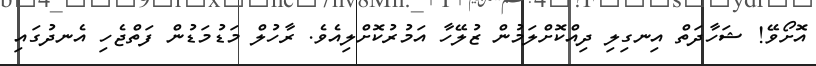
އޮށޯވޭ! ޝަހާދަތް އިނގިލި ދިއްކޮށްލަމުން ޒުލޭހާ އަމުރުކޮށްލިއެވެ. ރާހުލް މަޑުމަޑުން ފަތްޖެހި އެނދުގައި